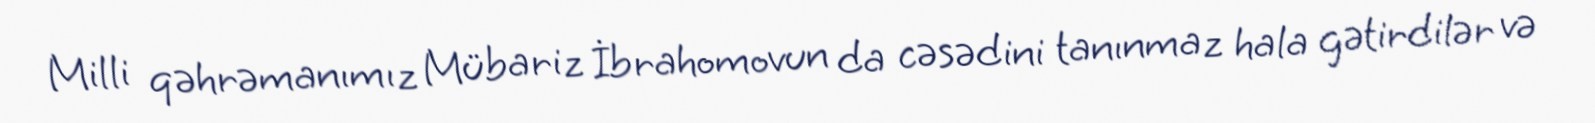
Milli qəhrəmanımız Mübariz İbrahomovun da cəsədini tanınmaz hala gətirdilər və